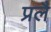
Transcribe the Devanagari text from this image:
प्रलै